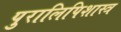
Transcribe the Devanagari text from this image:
पुरालिपिशास्त्र